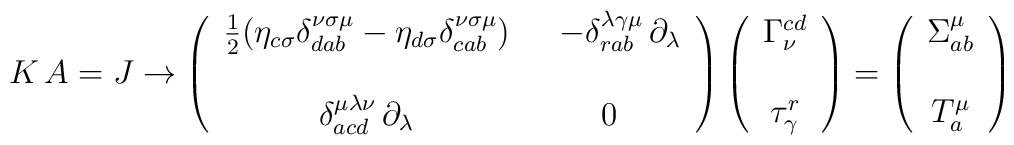
K \, A = J \rightarrow \left(  \begin{array}{cc}    \frac{1}{2} (\eta_{c \sigma} \delta^{\nu \sigma \mu}_{dab}    - \eta_{d \sigma} \delta^{\nu \sigma \mu}_{cab}) & \ \    - \delta^{\lambda \gamma \mu}_{rab} \, \partial_\lambda  \\    & \\    \delta^{\mu \lambda \nu}_{acd} \, \partial_\lambda & 0  \end{array} \right)  \left(  \begin{array}{c}    \Gamma^{cd}_{\nu} \\    \\    \tau^r_\gamma  \end{array} \right) =  \left(  \begin{array}{c}    \Sigma^\mu_{ab} \\    \\    T^\mu_a  \end{array} \right)